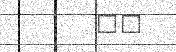
٥٢